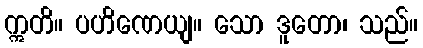
ဣတိ။ ပဟိဏေယျ။ သော ဒူတော၊ သည်။